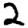
Digit: 2